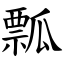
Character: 瓢